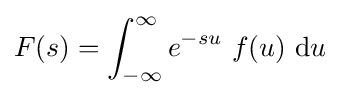
F(s)=\int _{-\infty }^{\infty }e^{-su}\ f(u)\ {\text{d}}u